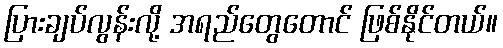
ပြားချပ်လွန်းလို့ အရည်တွေတောင် ဖြစ်နိုင်တယ်။